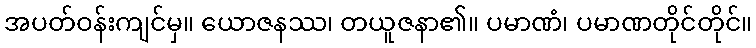
အပတ်ဝန်းကျင်မှ။ ယောဇနဿ၊ တယူဇနာ၏။ ပမာဏံ၊ ပမာဏတိုင်တိုင်။